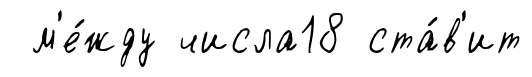
м'е́жду числа18 ста́в'ит